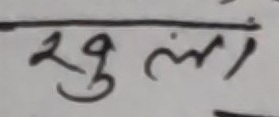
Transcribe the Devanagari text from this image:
खुल्यो